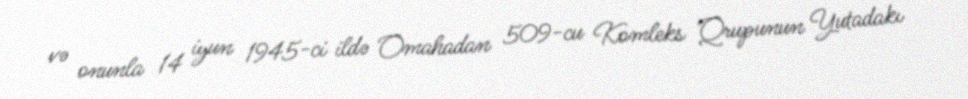
və onunla 14 iyun 1945-ci ildə Omahadan 509-cu Komleks Qrupunun Yutadakı